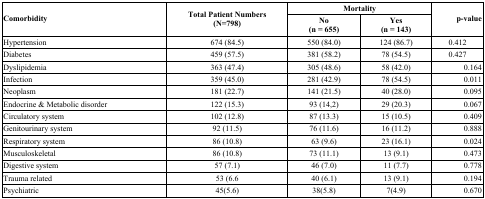
<table><thead><tr><td rowspan="2"><b>Comorbidity</b></td><td rowspan="2"><b>Total Patient Numbers(N=798)</b></td><td colspan="2"><b>Mortality</b></td><td rowspan="2" colspan="2"><b>p-value</b></td></tr><tr><td><b>No(n = 655)</b></td><td><b>Yes(n = 143)</b></td></tr></thead><tbody><tr><td>Hypertension</td><td>674 (84.5)</td><td>550 (84.0)</td><td>124 (86.7)</td><td colspan="2">0.412</td></tr><tr><td>Diabetes</td><td>459 (57.5)</td><td>381 (58.2)</td><td>78 (54.5)</td><td colspan="2">0.427</td></tr><tr><td>Dyslipidemia</td><td>363 (47.4)</td><td>305 (48.6)</td><td>58 (42.0)</td><td colspan="2">0.164</td></tr><tr><td>Infection</td><td>359 (45.0)</td><td>281 (42.9)</td><td>78 (54.5)</td><td colspan="2">0.011</td></tr><tr><td>Neoplasm</td><td>181 (22.7)</td><td>141 (21.5)</td><td>40 (28.0)</td><td colspan="2">0.095</td></tr><tr><td>Endocrine &amp; Metabolic disorder</td><td>122 (15.3)</td><td>93 (14,2)</td><td>29 (20.3)</td><td colspan="2">0.067</td></tr><tr><td>Circulatory system</td><td>102 (12.8)</td><td>87 (13.3)</td><td>15 (10.5)</td><td colspan="2">0.409</td></tr><tr><td>Genitourinary system</td><td>92 (11.5)</td><td>76 (11.6)</td><td>16 (11.2)</td><td colspan="2">0.888</td></tr><tr><td>Respiratory system</td><td>86 (10.8)</td><td>63 (9.6)</td><td>23 (16.1)</td><td colspan="2">0.024</td></tr><tr><td>Musculoskeletal</td><td>86 (10.8)</td><td>73 (11.1)</td><td>13 (9.1)</td><td colspan="2">0.473</td></tr><tr><td>Digestive system</td><td>57 (7.1)</td><td>46 (7.0)</td><td>11 (7.7)</td><td colspan="2">0.778</td></tr><tr><td>Trauma related</td><td>53 (6.6</td><td>40 (6.1)</td><td>13 (9.1)</td><td colspan="2">0.194</td></tr><tr><td>Psychiatric</td><td>45(5.6)</td><td>38(5.8)</td><td>7(4.9)</td><td colspan="2">0.670</td></tr></tbody></table>